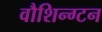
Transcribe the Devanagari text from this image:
वौशिन्ग्टन